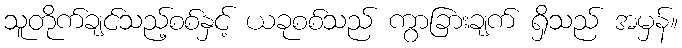
သူတိုက်ချင်သည့်စစ်နှင့် ယခုစစ်သည် ကွာခြားချက် ရှိသည် အမှန်။